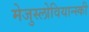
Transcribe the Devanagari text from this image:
मेजुस्लोवियान्स्की